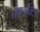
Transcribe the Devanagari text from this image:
नैगलेक्टिड